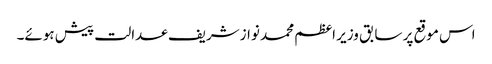
اس موقع پر سابق وزیر اعظم محمد نوازشریف عدالت پیش ہوئے۔